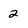
Character: 2